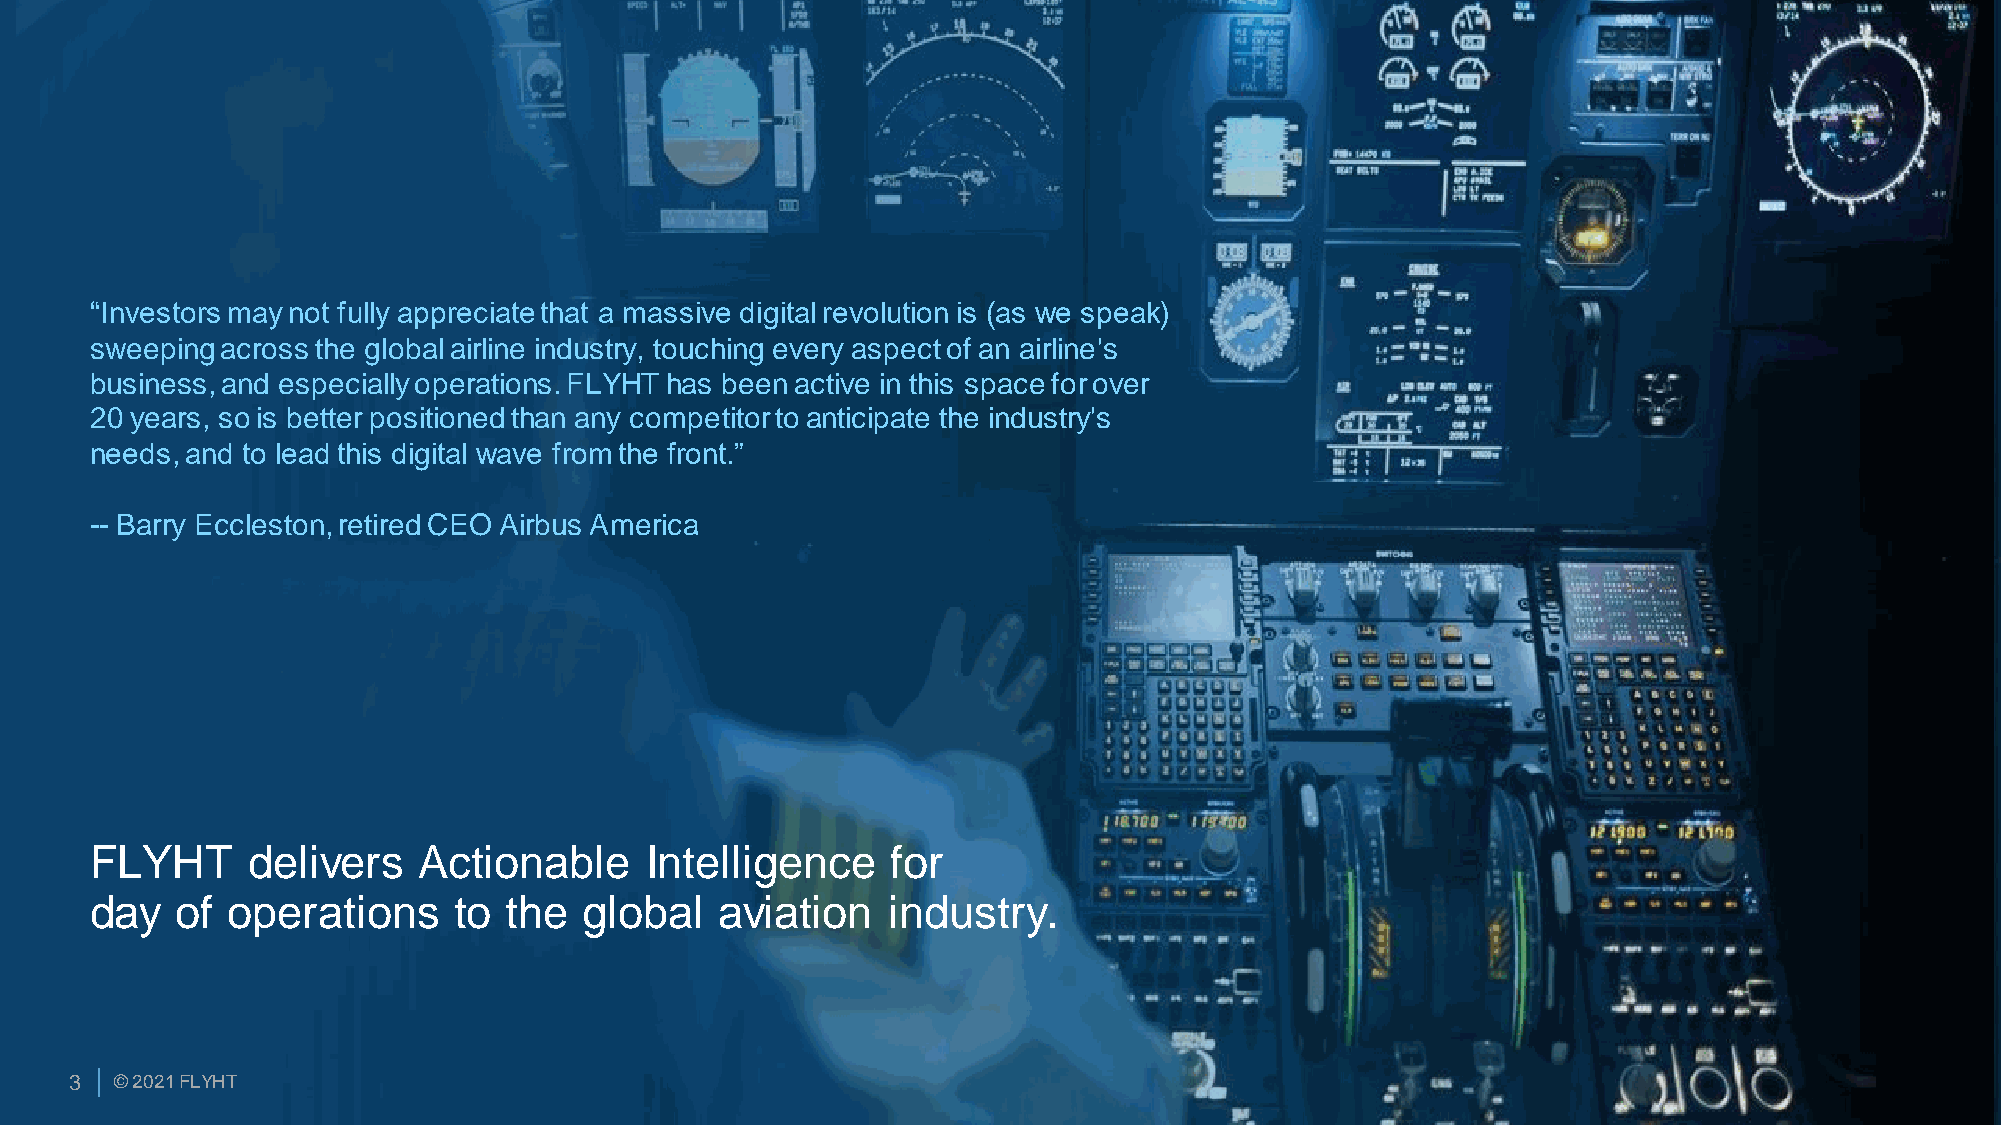
“Investors may not fully appreciate that a massive digital revolution is (as we speak)
 sweeping across the global airline industry, touching every aspect of an airline's
 business, and especially operations. FLYHT has been active in this space for over
 20 years, so is better positioned than any competitor to anticipate the industry's
 needs, and to lead this digital wave from the front.”
 -- Barry Eccleston, retired CEO Airbus America
 FLYHT     delivers    Actionable     Intelligence    for
 day   of operations     to the   global   aviation   industry.
 3
 33 ©© 22002211 FFLLYYHHTT